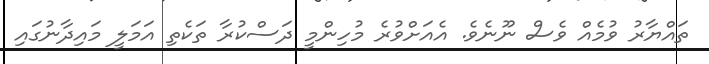
ތަައްޔާރު ވުމެއް ވެސް ނޫނެވެ. އެއަށްވުރެ މުހިންމީ ދަސްކުރާ ތަކެތި އަމަލީ މައިދާނުގައި